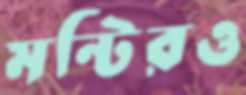
মন্টিরও